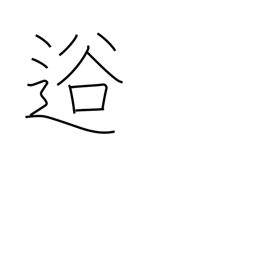
Meaning: valley